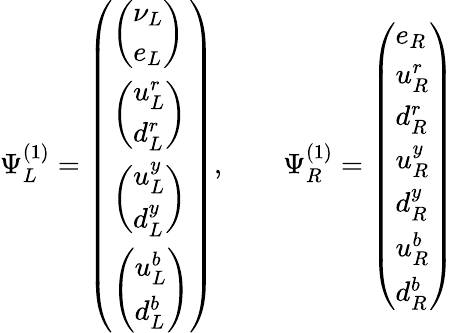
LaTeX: \Psi_{L}^{(1)}=\left(\begin{array}{l}{{{\left(\begin{array}{l}{{\nu_{L}}}\\ {{e_{L}}}\end{array}\right)}}}\\ {{{\begin{array}{l}{{\left(\begin{array}{l}{{u_{L}^{r}}}\\ {{d_{L}^{r}}}\end{array}\right)}}\\ {{\left(\begin{array}{l}{{u_{L}^{y}}}\\ {{d_{L}^{y}}}\end{array}\right)}}\\ {{\left(\begin{array}{l}{{u_{L}^{b}}}\\ {{d_{L}^{b}}}\end{array}\right)}}\end{array}}}}\end{array}\right),\qquad\Psi_{R}^{(1)}=\left(\begin{array}{l}{{e_{R}}}\\ {{u_{R}^{r}}}\\ {{d_{R}^{r}}}\\ {{u_{R}^{y}}}\\ {{d_{R}^{y}}}\\ {{u_{R}^{b}}}\\ {{d_{R}^{b}}}\end{array}\right)